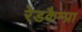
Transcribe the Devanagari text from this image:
रेडकैम्प्रा